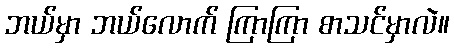
ဘယ်မှာ ဘယ်လောက် ကြာကြာ စာသင်မှာလဲ။